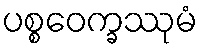
ပစ္စဝေက္ခဿုမံ